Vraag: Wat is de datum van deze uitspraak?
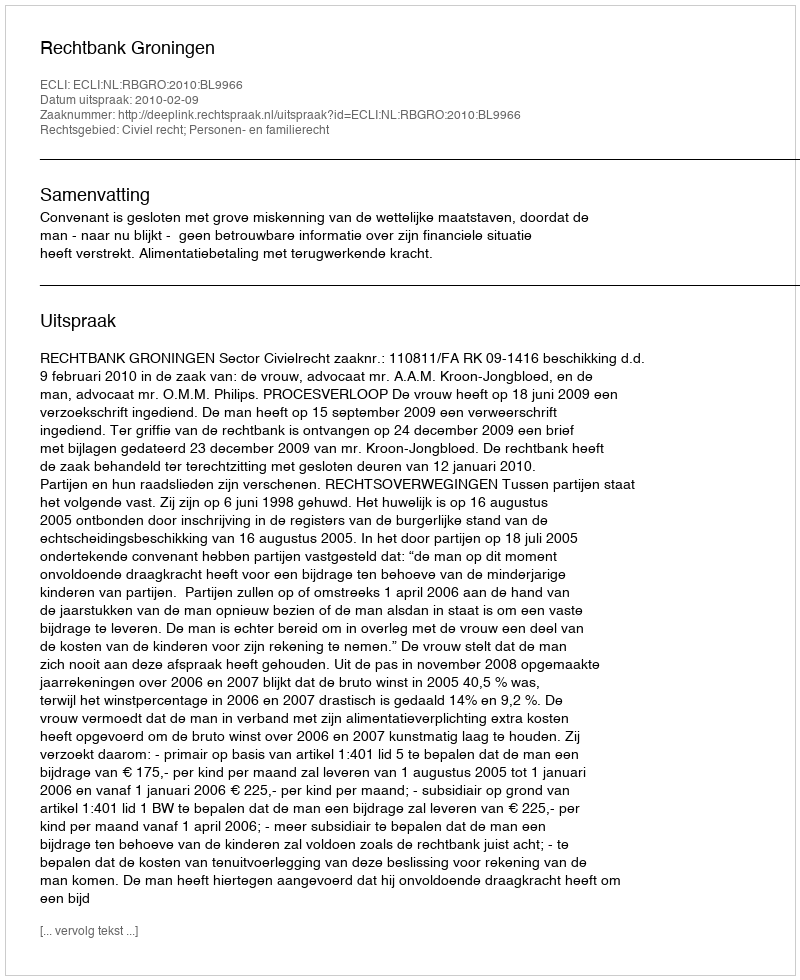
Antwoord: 2010-02-09